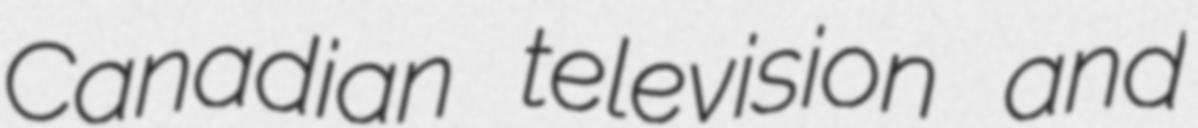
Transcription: Canadian television and